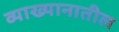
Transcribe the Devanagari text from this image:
व्याख्यानातील